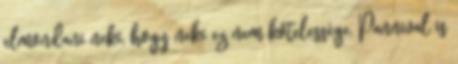
elmondani neki, hogy neki ez nem kötelessége. Pannival is